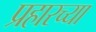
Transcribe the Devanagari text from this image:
प्रहारच्या